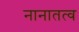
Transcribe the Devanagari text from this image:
नानातत्व